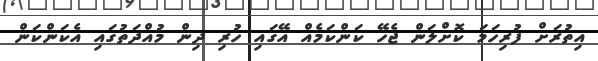
އިތުރަށް ފުރިހަމަ ކޮށްލަން ޖެހޭ ކަންކަމެއް އޭގައި ހުރި ދިން މުއްދަތުގައި އެކަންކަން